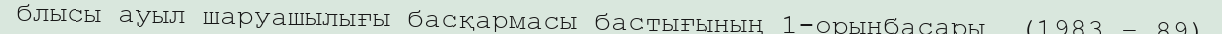
блысы ауыл шаруашылығы басқармасы бастығының 1-орынбасары  (1983 – 89)